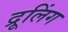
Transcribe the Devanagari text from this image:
द्रूलिंग